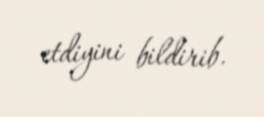
etdiyini bildirib.